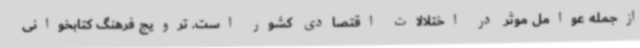
ازجمله عوامل موثر در اختلالات اقتصادی کشور است. ترویج فرهنگ کتابخوانی